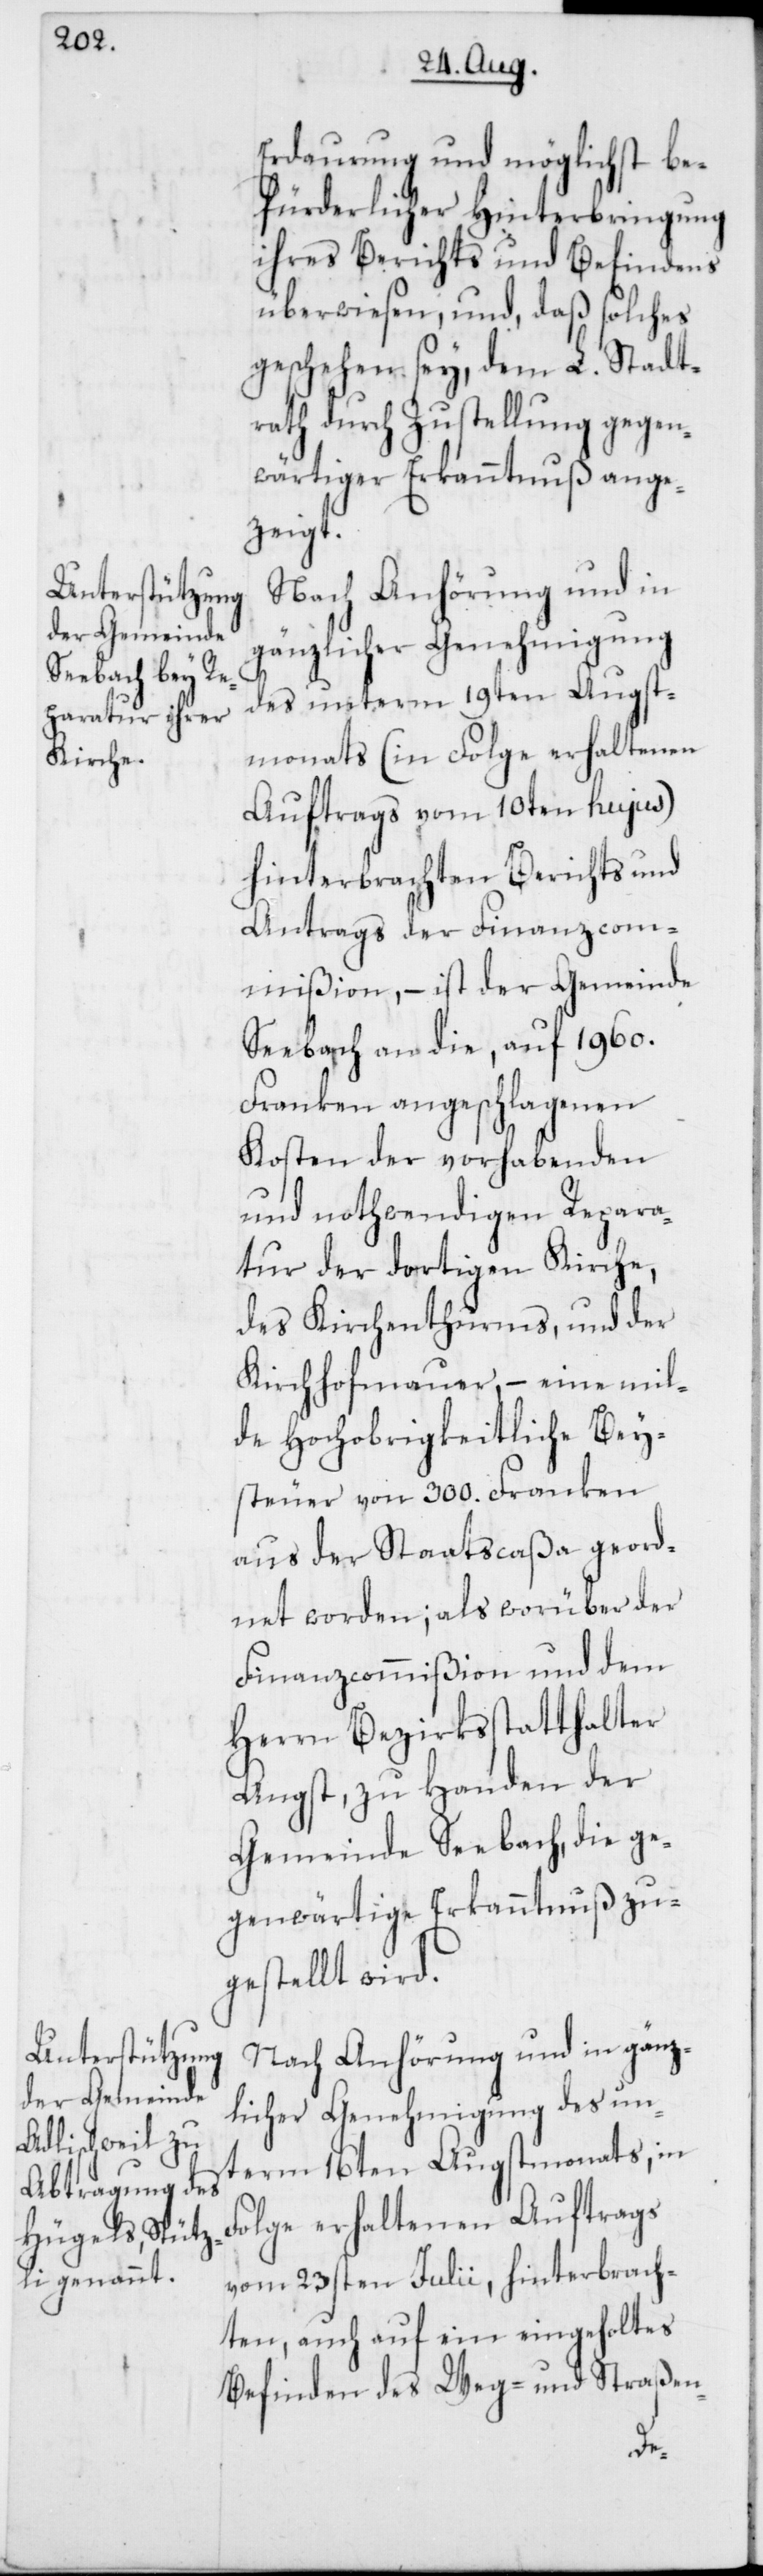
Erdaurung und möglichst be¬
fürderlicher Hinterbringung
ihres Berichts und Befindens
überwiesen, und, daß solches
geschehen sey, dem L. Stadt¬
rath durch Zustellung gegen¬
wärtiger Erkanntnuß ange¬
zeigt.
Nach Anhörung und in
gänzlicher Genehmigung
des unterm 19ten Augst¬
monats (in Folge erhaltenen
Auftrags vom 10ten hujus)
hinterbrachten Berichts und
Antrags der Finanzcom¬
mißion, – ist der Gemeinde
Seebach an die, auf 1960.
Franken angeschlagenen
Kosten der vorhabenden
und nothwendigen Repara¬
tur der dortigen Kirche,
des Kirchenturms, und der
Kirchhofmauer, – eine mil¬
de Hochobrigkeitliche Bey¬
steuer von 300. Franken
aus der Staatscaßa geord¬
net worden; als worüber der
Finanzcommißion und dem
Herrn Bezirksstatthalter
Angst, zu Handen der
Gemeinde Seebach, die ge¬
genwärtige Erkanntnuß zu¬
gestellt wird.
Nach Anhörung und in gänz¬
licher Genehmigung des un¬
term 16ten Augstmonats, in
Folge erhaltenen Auftrags
vom 23sten Julii, hinterbrach¬
ten, auch auf ein eingeholtes
Befinden des Weg- und Straßen-